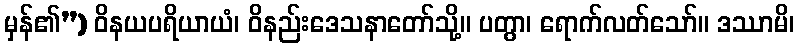
မှန်၏”) ဝိနယပရိယာယံ၊ ဝိနည်းဒေသနာတော်သို့။ ပတွာ၊ ရောက်လတ်သော်။ ဒဿာမိ၊